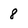
Character: 8